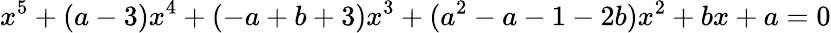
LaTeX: x^{5}+(a-3)x^{4}+(-a+b+3)x^{3}+(a^{2}-a-1-2b)x^{2}+bx+a=0